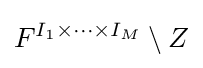
F^{I_{1}\times \cdots \times I_{M}}\setminus Z